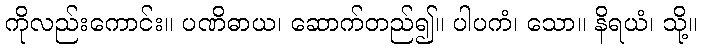
ကိုလည်းကောင်း။ ပဏိဓာယ၊ ဆောက်တည်၍။ ပါပကံ၊ သော။ နိရယံ၊ သို့။